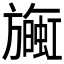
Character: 𪰄